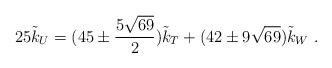
LaTeX: \begin{align*}25{\tilde{k}_U}=(45\pm\frac{5\sqrt{69}}{2})\tilde{k}_T+(42\pm9\sqrt{69})\tilde{k}_W~.\end{align*}